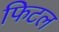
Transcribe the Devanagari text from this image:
फिटल